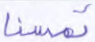
تمسنا